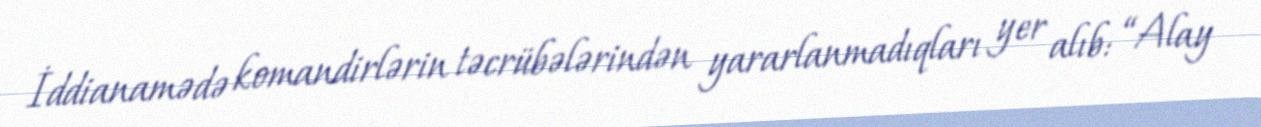
İddianamədə komandirlərin təcrübələrindən yararlanmadıqları yer alıb: “Alay